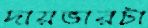
দায়ভারটা